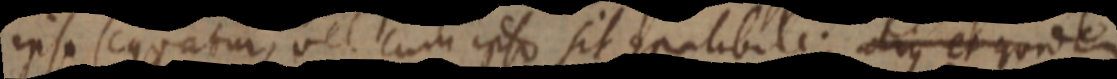
ipso sequatur, vel cum ipso sit compatibile; alius et quidem